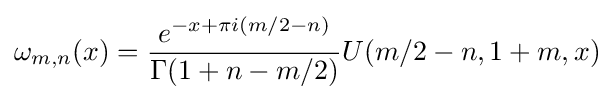
\displaystyle \omega _{m,n}(x)={\frac {e^{-x+\pi i(m/2-n)}}{\Gamma (1+n-m/2)}}U(m/2-n,1+m,x)